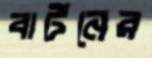
বার্টনের